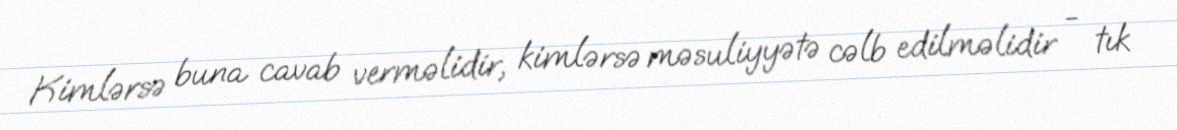
Kimlərsə buna cavab verməlidir, kimlərsə məsuliyyətə cəlb edilməlidir - tık